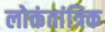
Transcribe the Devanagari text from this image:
लोक्तंतांत्रिक